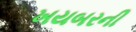
ખયબરની